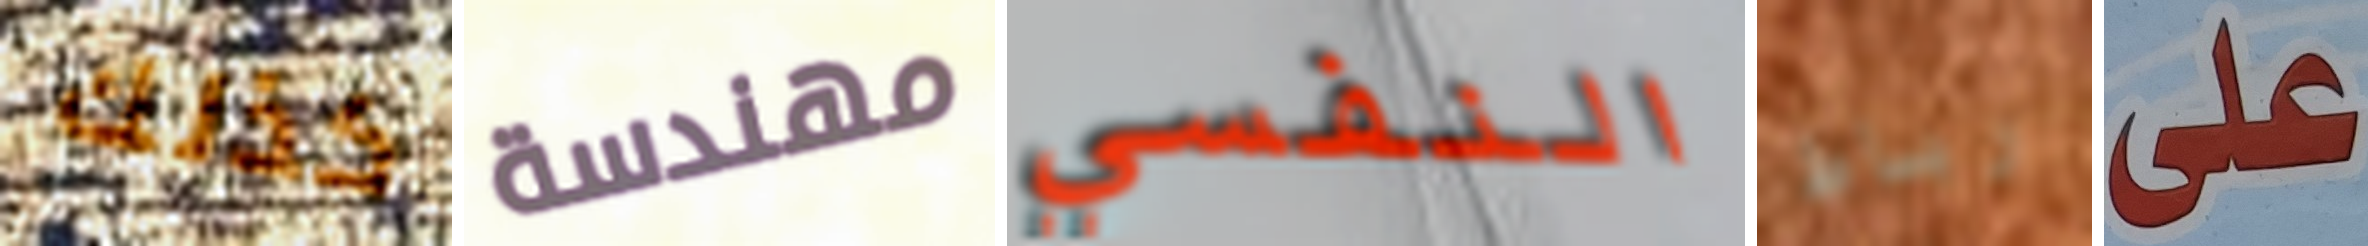
كذلك مهندسة النفسي رباط على